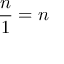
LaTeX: { \frac { n } { 1 } } = n